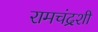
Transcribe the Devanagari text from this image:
रामचंद्रशी